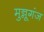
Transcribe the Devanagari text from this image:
मुन्नूगंज